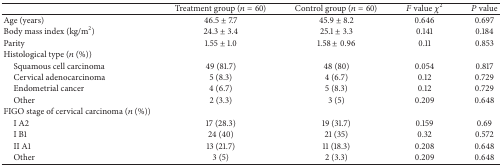
<table><thead><tr><td><b> </b></td><td><b>Treatment group (<i>n</i> = 60)</b></td><td><b>Control group (<i>n</i> = 60)</b></td><td><b><i>F</i> value <i>χ</i><sup>2</sup></b></td><td><b><i>P</i> value</b></td></tr></thead><tbody><tr><td>Age (years)</td><td>46.5 ± 7.7</td><td>45.9 ± 8.2</td><td>0.646</td><td>0.697</td></tr><tr><td>Body mass index (kg/m<sup>2</sup>)</td><td>24.3 ± 3.4</td><td>25.1 ± 3.3</td><td>0.141</td><td>0.184</td></tr><tr><td>Parity</td><td>1.55 ± 1.0</td><td>1.58 ± 0.96</td><td>0.11</td><td>0.853</td></tr><tr><td>Histological type (<i>n</i> (%))</td><td></td><td></td><td></td><td></td></tr><tr><td> Squamous cell carcinoma</td><td>49 (81.7)</td><td>48 (80)</td><td>0.054</td><td>0.817</td></tr><tr><td> Cervical adenocarcinoma </td><td>5 (8.3)</td><td>4 (6.7)</td><td>0.12</td><td>0.729</td></tr><tr><td> Endometrial cancer</td><td>4 (6.7)</td><td>5 (8.3)</td><td>0.12</td><td>0.729</td></tr><tr><td> Other</td><td>2 (3.3)</td><td>3 (5)</td><td>0.209</td><td>0.648</td></tr><tr><td>FIGO stage of cervical carcinoma (<i>n</i> (%))</td><td> </td><td> </td><td> </td><td> </td></tr><tr><td> I A2</td><td>17 (28.3)</td><td>19 (31.7)</td><td>0.159</td><td>0.69</td></tr><tr><td> I B1</td><td>24 (40)</td><td>21 (35)</td><td>0.32</td><td>0.572</td></tr><tr><td> II A1</td><td>13 (21.7)</td><td>11 (18.3)</td><td>0.208</td><td>0.648</td></tr><tr><td> Other</td><td>3 (5)</td><td>2 (3.3)</td><td>0.209</td><td>0.648</td></tr></tbody></table>